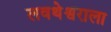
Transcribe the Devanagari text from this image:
लवथेश्वराला